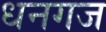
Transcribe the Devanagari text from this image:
धनगज